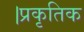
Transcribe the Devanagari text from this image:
।प्रकृतिक